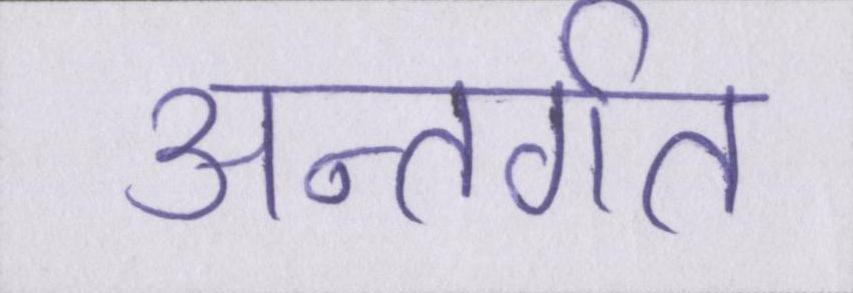
अन्तर्गत